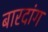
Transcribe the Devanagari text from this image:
बारदांग